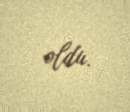
oldu.